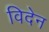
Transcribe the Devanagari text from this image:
विदेन